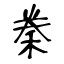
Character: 䅈